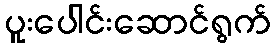
ပူးပေါင်းဆောင်ရွက်